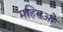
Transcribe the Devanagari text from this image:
महिनओ